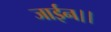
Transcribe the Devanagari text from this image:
जाईन।।